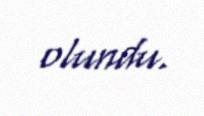
olundu.